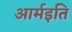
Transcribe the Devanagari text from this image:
आर्मइति